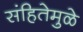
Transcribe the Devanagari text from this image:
संहितेमुळे